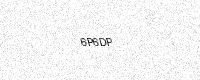
Text: 6P6DP